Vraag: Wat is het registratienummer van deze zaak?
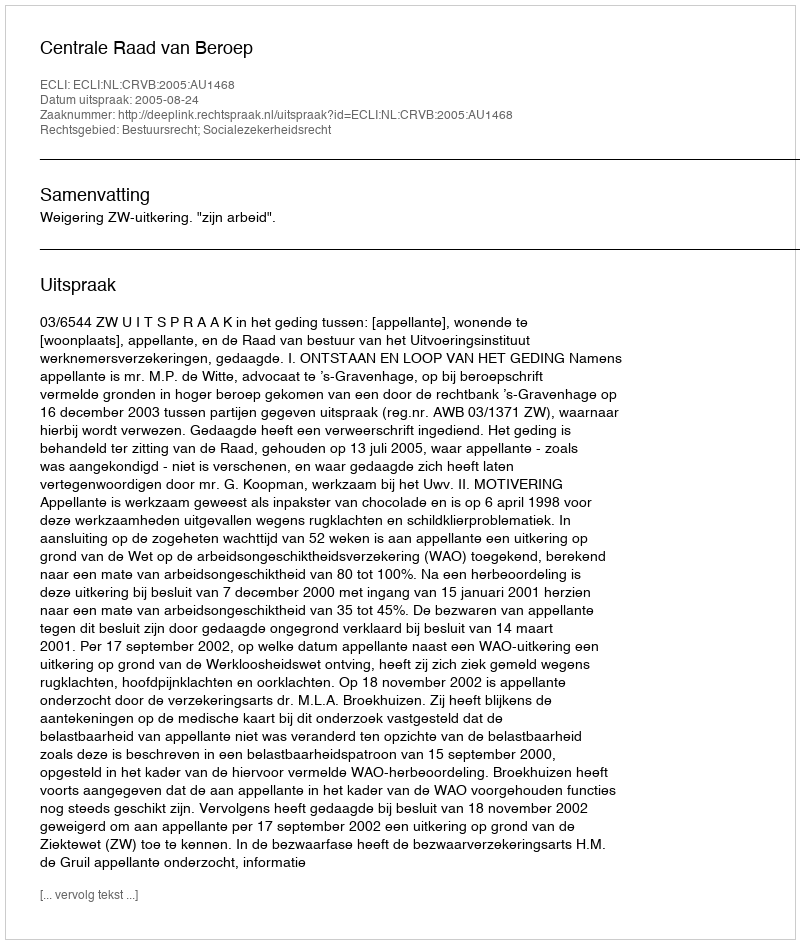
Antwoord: http://deeplink.rechtspraak.nl/uitspraak?id=ECLI:NL:CRVB:2005:AU1468